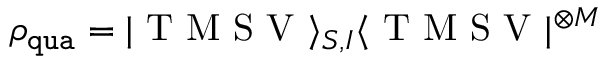
\rho _ { \mathtt { q u a } } = | \mathrm { ~ T ~ M ~ S ~ V ~ } \rangle _ { S , I } \langle \mathrm { ~ T ~ M ~ S ~ V ~ } | ^ { \otimes M }